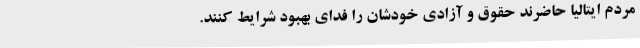
مردم ایتالیا حاضرند حقوق و آزادی خودشان را فدای بهبود شرایط کنند.